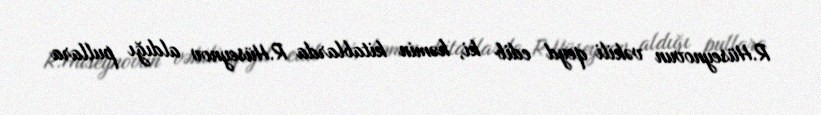
R.Hüseynovun vəkili qeyd edib ki, həmin kitablarda R.Hüseynov aldığı pullara